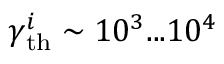
\gamma _ { \mathrm { t h } } ^ { i } \sim 1 0 ^ { 3 } . . . 1 0 ^ { 4 }